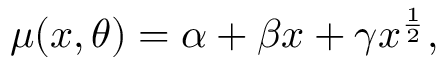
\begin{array} { r } { \mu ( x , \theta ) = \alpha + \beta x + \gamma x ^ { \frac { 1 } { 2 } } , } \end{array}